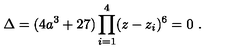
\Delta = ( 4 a ^ { 3 } + 2 7 ) \prod _ { i = 1 } ^ { 4 } ( z - z _ { i } ) ^ { 6 } = 0 \ .